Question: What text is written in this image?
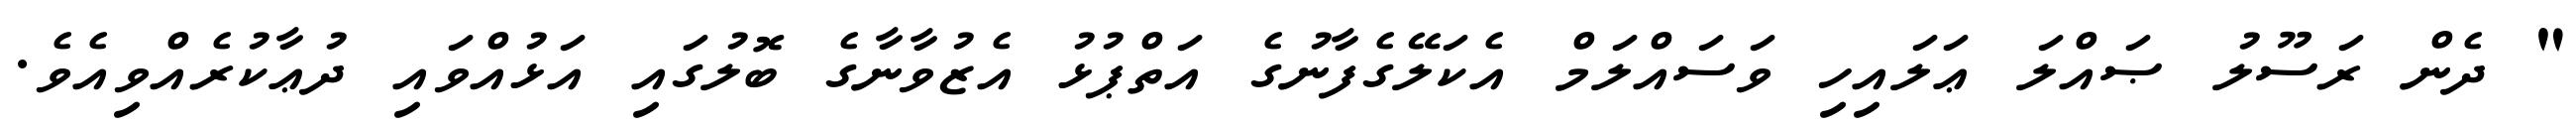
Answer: " ދެން ރަސޫލު ޞައްލަ ޢަލައިހި ވަސައްލަމް އެކަލޭގެފާނުގެ އަތްޕުޅު އެޒުވާނާގެ ބޮލުގައި އަޅުއްވައި ދުޢާކުރެއްވިއެވެ.